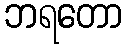
ဘရတော